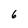
Character: 6